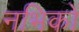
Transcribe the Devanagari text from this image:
नभिकों